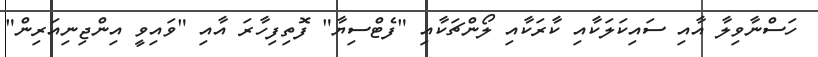
ހަސްނާވިލާ އާއި ސައިކަލަކާއި ކާރަކާއި ލޯންޗަކާއި "ފެޓްސިޔާ" ފޮތިފިހާރަ އާއި "ވައިވީ އިންޖިނިއަރިން"